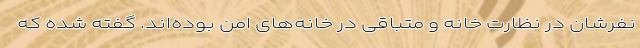
نفرشان در نظارت خانه و متباقی در خانه‌های امن بوده‌اند. گفته شده که